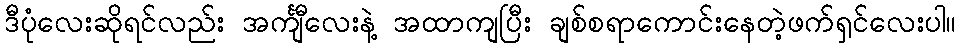
ဒီပုံလေးဆိုရင်လည်း အင်္ကျီလေးနဲ့ အထာကျပြီး ချစ်စရာကောင်းနေတဲ့ဖက်ရှင်လေးပါ။